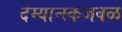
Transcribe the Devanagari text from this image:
देम्यान्स्कजवळ